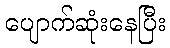
ပျောက်ဆုံးနေပြီး